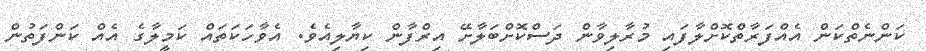
ކަންނެތްކަން އެއްފަރާތްކޮށްލާފައި މުރާލިވާން ދަސްކޮށްބަލާށޭ އިރްފާން ކިޔާލިއެވެ. އެވާހަކަތައް ކަމީލާގެ އެއް ކަންފަތުން